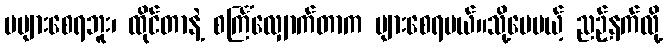
မများစေရဘူး၊ ထိုင်တာနဲ့ စင်္ကြံလျှောက်တာက များစေရမယ်။သို့ပေမယ့် ညဉ့်နက်လို့